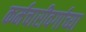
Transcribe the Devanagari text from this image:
कर्मचारीवर्गाच्या